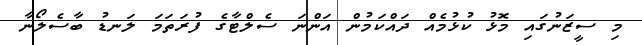
މި ސީޒަނުގައި މޮޅު ކުޅުމެއް ދައްކަމުން އަންނަ ސެލްޓާގެ ފުރަތަމަ ލަނޑު ބާސެލޯނާ